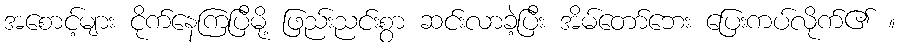
အစောင့်များ ငိုက်နေကြပြီမို့ ဖြည်းညင်းစွာ ဆင်းလာခဲ့ပြီး အိမ်တော်ဘေး ပြေးကပ်လိုက်၏ ။